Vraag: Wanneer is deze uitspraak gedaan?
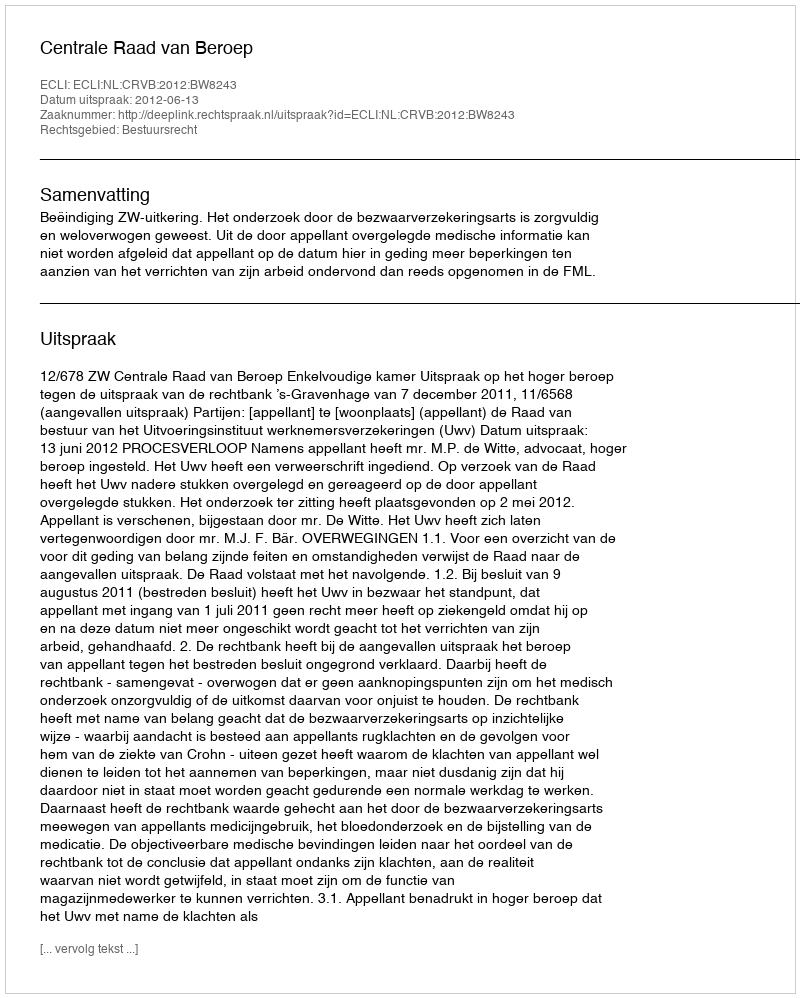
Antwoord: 2012-06-13